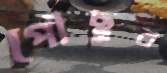
পৌঁছুব